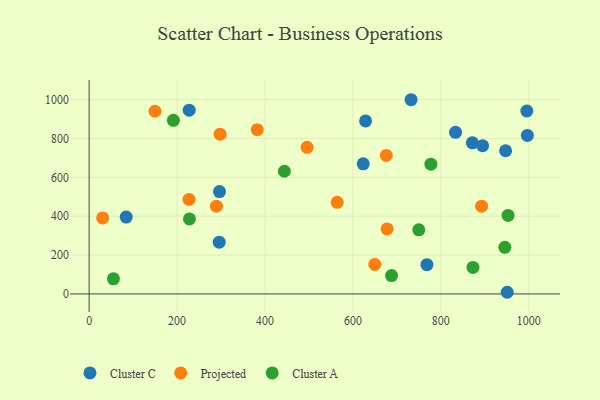
{"axis": {"x": "Price", "y": "Yield"}, "legend": ["Cluster A", "Cluster C", "Projected"], "data": [{"x": "732.3", "y": 999.9, "type": "Cluster C"}, {"x": "84.3", "y": 395.5, "type": "Cluster C"}, {"x": "296.5", "y": 526.9, "type": "Cluster C"}, {"x": "623.4", "y": 670.1, "type": "Cluster C"}, {"x": "947.3", "y": 737.3, "type": "Cluster C"}, {"x": "833.4", "y": 831.9, "type": "Cluster C"}, {"x": "227.6", "y": 945.9, "type": "Cluster C"}, {"x": "996.8", "y": 816.2, "type": "Cluster C"}, {"x": "768.3", "y": 150.5, "type": "Cluster C"}, {"x": "871.6", "y": 778.2, "type": "Cluster C"}, {"x": "895.0", "y": 762.9, "type": "Cluster C"}, {"x": "995.5", "y": 941.8, "type": "Cluster C"}, {"x": "950.9", "y": 8.5, "type": "Cluster C"}, {"x": "295.9", "y": 266.4, "type": "Cluster C"}, {"x": "628.8", "y": 890.6, "type": "Cluster C"}, {"x": "892.7", "y": 451.6, "type": "Projected"}, {"x": "495.8", "y": 755.0, "type": "Projected"}, {"x": "675.9", "y": 713.0, "type": "Projected"}, {"x": "564.3", "y": 471.5, "type": "Projected"}, {"x": "677.7", "y": 334.5, "type": "Projected"}, {"x": "30.7", "y": 391.4, "type": "Projected"}, {"x": "382.4", "y": 845.8, "type": "Projected"}, {"x": "649.8", "y": 151.7, "type": "Projected"}, {"x": "227.2", "y": 486.5, "type": "Projected"}, {"x": "297.9", "y": 822.6, "type": "Projected"}, {"x": "289.5", "y": 451.7, "type": "Projected"}, {"x": "149.8", "y": 940.5, "type": "Projected"}, {"x": "749.9", "y": 330.2, "type": "Cluster A"}, {"x": "777.4", "y": 668.2, "type": "Cluster A"}, {"x": "55.3", "y": 77.7, "type": "Cluster A"}, {"x": "191.7", "y": 893.8, "type": "Cluster A"}, {"x": "687.9", "y": 94.7, "type": "Cluster A"}, {"x": "873.0", "y": 136.6, "type": "Cluster A"}, {"x": "952.9", "y": 404.0, "type": "Cluster A"}, {"x": "228.2", "y": 386.0, "type": "Cluster A"}, {"x": "444.1", "y": 631.7, "type": "Cluster A"}, {"x": "945.6", "y": 240.0, "type": "Cluster A"}]}